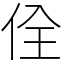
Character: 佺